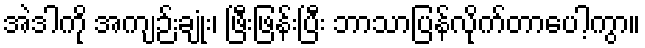
အဲဒါကို အကျဉ်းချုံး၊ ဖြီးဖြန်းပြီး ဘာသာပြန်လိုက်တာပေါ့ကွာ။